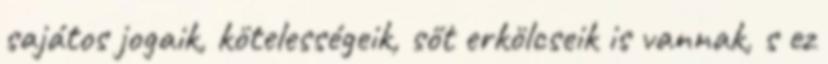
sajátos jogaik, kötelességeik, sőt erkölcseik is vannak, s ez